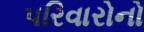
પરિવારોનો